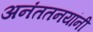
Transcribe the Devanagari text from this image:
अनंततनयांनी